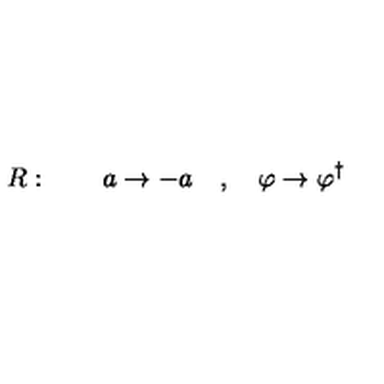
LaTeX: R : \qquad a \rightarrow - a \quad , \quad \varphi \rightarrow \varphi ^ { \dagger }